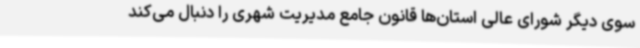
سوی دیگر شورای عالی استان‌ها قانون جامع مدیریت شهری را دنبال می‌کند